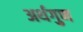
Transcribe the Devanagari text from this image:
अर्थगुण